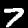
Digit: 7